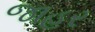
જાહર